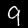
Digit: 9